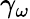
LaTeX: \gamma_{\omega}